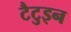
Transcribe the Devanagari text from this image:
टैटुइन